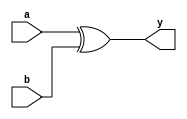
module ex_or(y, a, b);

input a, b;
output y;

assign y = a^b;

endmodule